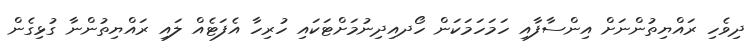
ދިވެހި ރައްޔިތުންނަށް އިންސާފާއި ހަމަހަމަކަން ހޯދއިދިނުމަށްޓަކައި ހުރިހާ އެފަޓެއް ލައި ރައްޔިތުންނާ ގުޅިގެން